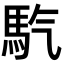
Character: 𩡹